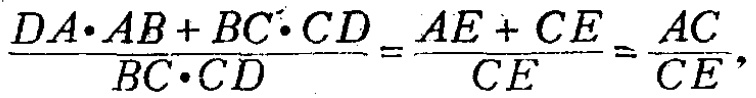
\(\frac{DA\cdot AB + BC\cdot CD}{BC\cdot CD}=\frac{AE + CE}{CE}=\frac{AC}{CE},\)